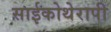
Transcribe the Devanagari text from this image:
साईकोथेरापी